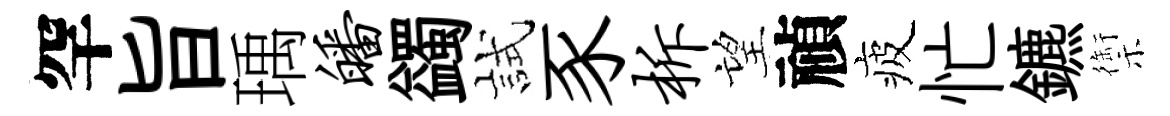
罕旨瑀皤蠲試豕柝望禎疲忙鑣禦